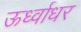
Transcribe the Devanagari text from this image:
ऊर्ध्‍वाधर